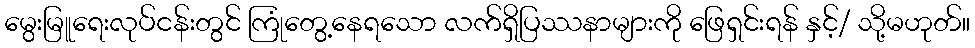
မွေးမြူရေးလုပ်ငန်းတွင် ကြုံတွေ့နေရသော လက်ရှိပြဿနာများကို ဖြေရှင်းရန် နှင့်/ သို့မဟုတ်။